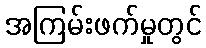
အကြမ်းဖက်မှုတွင်